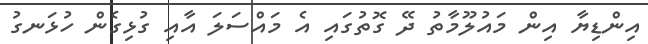
އިންޑިޔާ އިން މައުލޫމާތު ދޭ ގޮތުގައި އެ މައްސަލަ އާއި ގުޅިގެން ހުޅަނގު